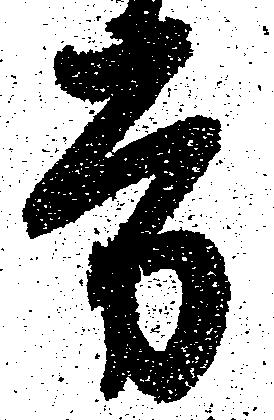
労